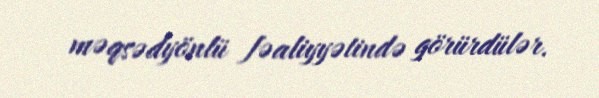
məqsədyönlü fəaliyyətində görürdülər.